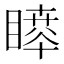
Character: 𥊊